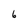
Character: 6